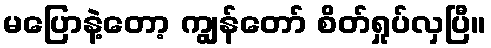
မပြောနဲ့တော့ ကျွန်တော် စိတ်ရှုပ်လှပြီ။